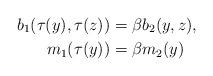
LaTeX: \begin{align*}b_1(\tau(y),\tau(z))&=\beta b_2(y,z),\\m_1(\tau(y))&=\beta m_2(y)\end{align*}